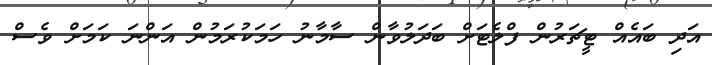
އަދި ބައެއް ޓީޗަރުން ފްލެޓަށް ބަދަލުވާން ސާމާނު ހަމަކުރަމުން އަންނަ ކަމަށް ވެސް